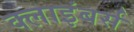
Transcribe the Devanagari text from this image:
क्लाइंबर्स